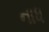
નાધ